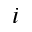
i